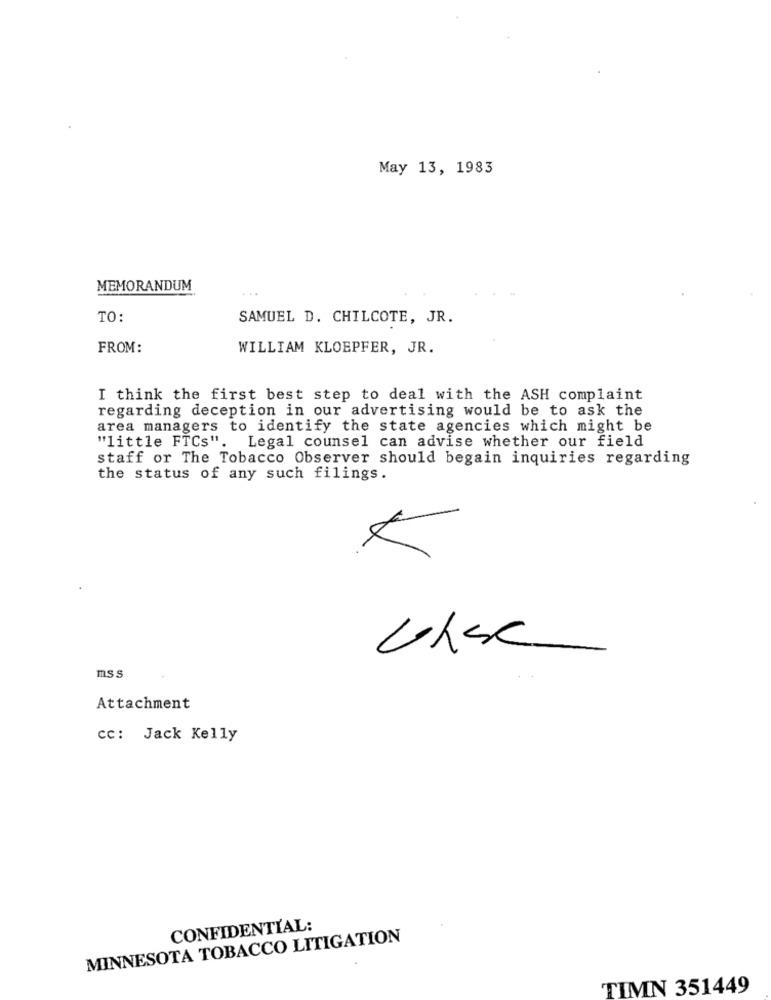
May 13, 1983
MEMORANDUM
. ..
TO:
SAMUEL D. CHILCOTE, JR.
FROM:
WILLIAM KLOEPFER, JR.
I think the first best step to deal with the ASH complaint
regarding deception in our advertising would be to ask the
area managers to identify the state agencies which might be
"little FTCs". Legal counsel can advise whether our field
staff or The Tobacco Observer should begain inquiries regarding
the status of any such filings.
mss
Attachment
cc: Jack Kelly
CONFIDENTIAL:
MINNESOTA TOBACCO LITIGATION
TIMN 351449